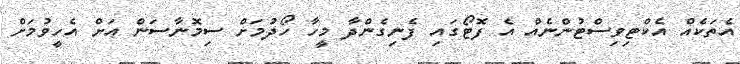
އެތަކެއް އެކްޓިވިސްޓުންނެއް އެ ފޮޓޯގައި ފެނިގެންދާ މީހާ ހޯދުމަށް ސިމޮނާސަން އަށް އެހީވުމަށް